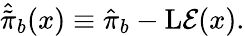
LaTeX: \hat{\tilde{\pi}}_{b}(x)\equiv\hat{\pi}_{b}-\mathrm{L}{\cal E}(x).